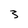
Character: 3